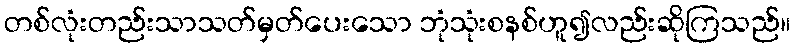
တစ်လုံးတည်းသာသတ်မှတ်ပေးသော ဘုံသုံးစနစ်ဟူ၍လည်းဆိုကြသည်။